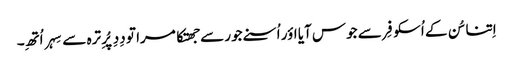
اِتنا سُن کے اُسکو فِر سے جوس آیا اؤر اُسنے جور سے جھتکا مرا تو دِدِ پُرِ ترہ سے سِہر اُتھِ۔